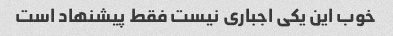
خوب این یکی اجباری نیست فقط پیشنهاد است